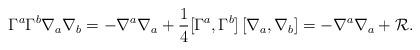
LaTeX: \begin{align*}\Gamma^a\Gamma^b\nabla_a\nabla_b = -\nabla^a\nabla_a+ \frac{1}{4}[\Gamma^a,\Gamma^b]\,[\nabla_a,\nabla_b]= -\nabla^a\nabla_a+{\cal R}.\end{align*}